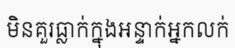
មិនគួរធ្លាក់ក្នុងអន្ទាក់អ្នកលក់